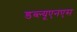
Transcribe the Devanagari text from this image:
डब्ल्यूएनएस